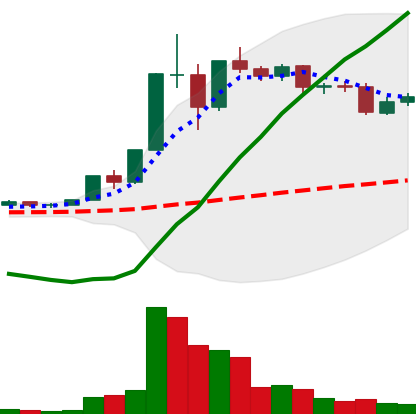
Ticker: XLM-USD
Chart end date: 2020-12-06
Forward return: -13.921%
Label: down_7plus